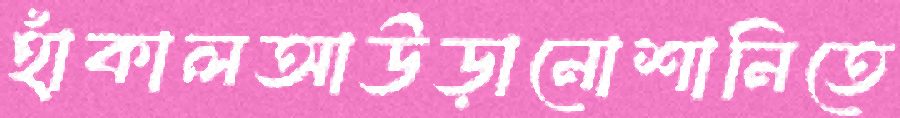
হাঁকালআউড়ানোশানিতে